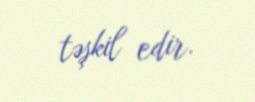
təşkil edir.